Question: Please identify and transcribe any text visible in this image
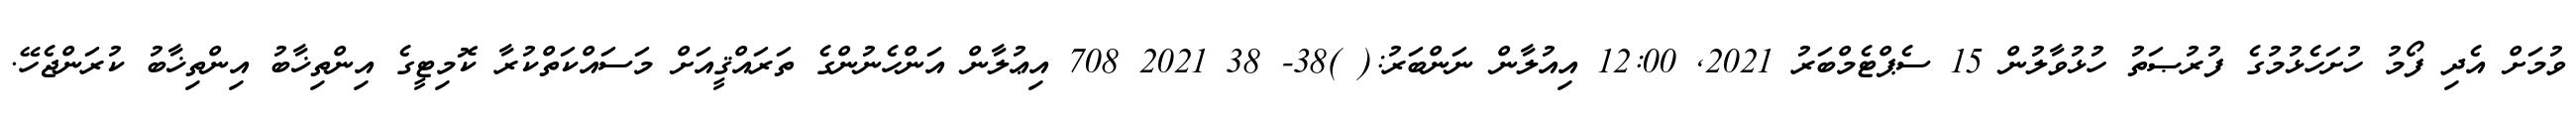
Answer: ވުމަށް އެދި ފޯމު ހުށަހެޅުމުގެ ފުރުޞަތު ހުޅުވާލުން 15 ސެޕްޓެމްބަރު 2021, 12:00 އިއުލާން ނަންބަރު:( )38- 38 2021 708 އިޢުލާން އަންހެނުންގެ ތަރައްޤީއަށް މަސައްކަތްކުރާ ކޮމިޓީގެ އިންތިޚާބު އިންތިޚާބު ކުރަންޖެހޭ.